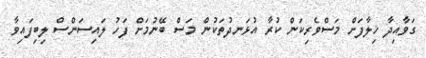
ގަވާއިދާ ޚިލާފަށް މަސްވެރިކަން ކުރާ އުޅަނދުތަކުން މަސް ބޭނުމަށް ފަހު ލައިސަންސް ލިބިފައިވާ